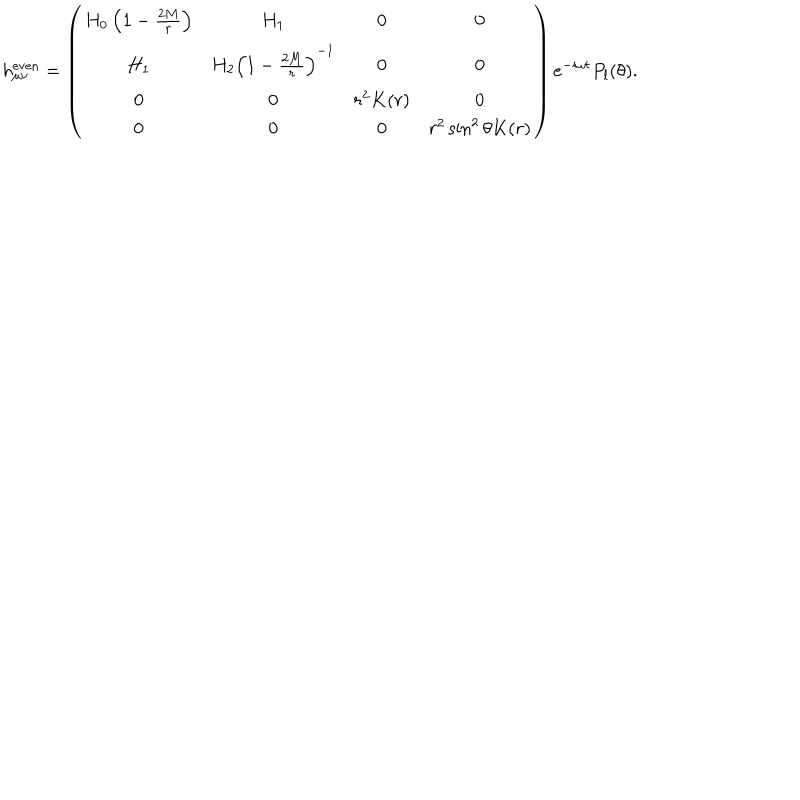
h _ { \mu \nu } ^ { \mathrm { e v e n } } = \left( \begin{array} { c c c c } { { H _ { 0 } \left( 1 - { \frac { 2 M } { r } } \right) } } & { { H _ { 1 } } } & { { 0 } } & { { 0 } } \\ { { H _ { 1 } } } & { { H _ { 2 } \left( 1 - { \frac { 2 M } { r } } \right) ^ { - 1 } } } & { { 0 } } & { { 0 } } \\ { { 0 } } & { { 0 } } & { { r ^ { 2 } K ( r ) } } & { { 0 } } \\ { { 0 } } & { { 0 } } & { { 0 } } & { { r ^ { 2 } \sin ^ { 2 } \theta K ( r ) } } \\ \end{array} \right) e ^ { - i \omega t } P _ { l } ( \theta ) .